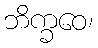
ဘိက္ခဝေ၊